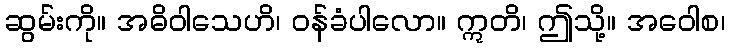
ဆွမ်းကို။ အဓိဝါသေဟိ၊ ဝန်ခံပါလော။ ဣတိ၊ ဤသို့။ အဝေါစ၊